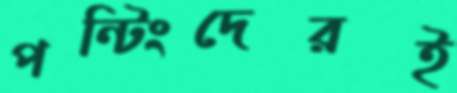
পন্টিংদেরই